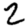
Digit: 2